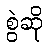
စွဲဆို